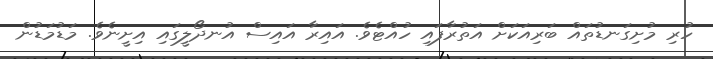
ހުރި މުށިގަނޑުތައް ބަރިއަކަށް އަތުރާފައި ހުއްޓެވެ. އައިރާ އައިސް އުނދޯލީގައި އިށީނެވެ. މަޑުމަޑުން